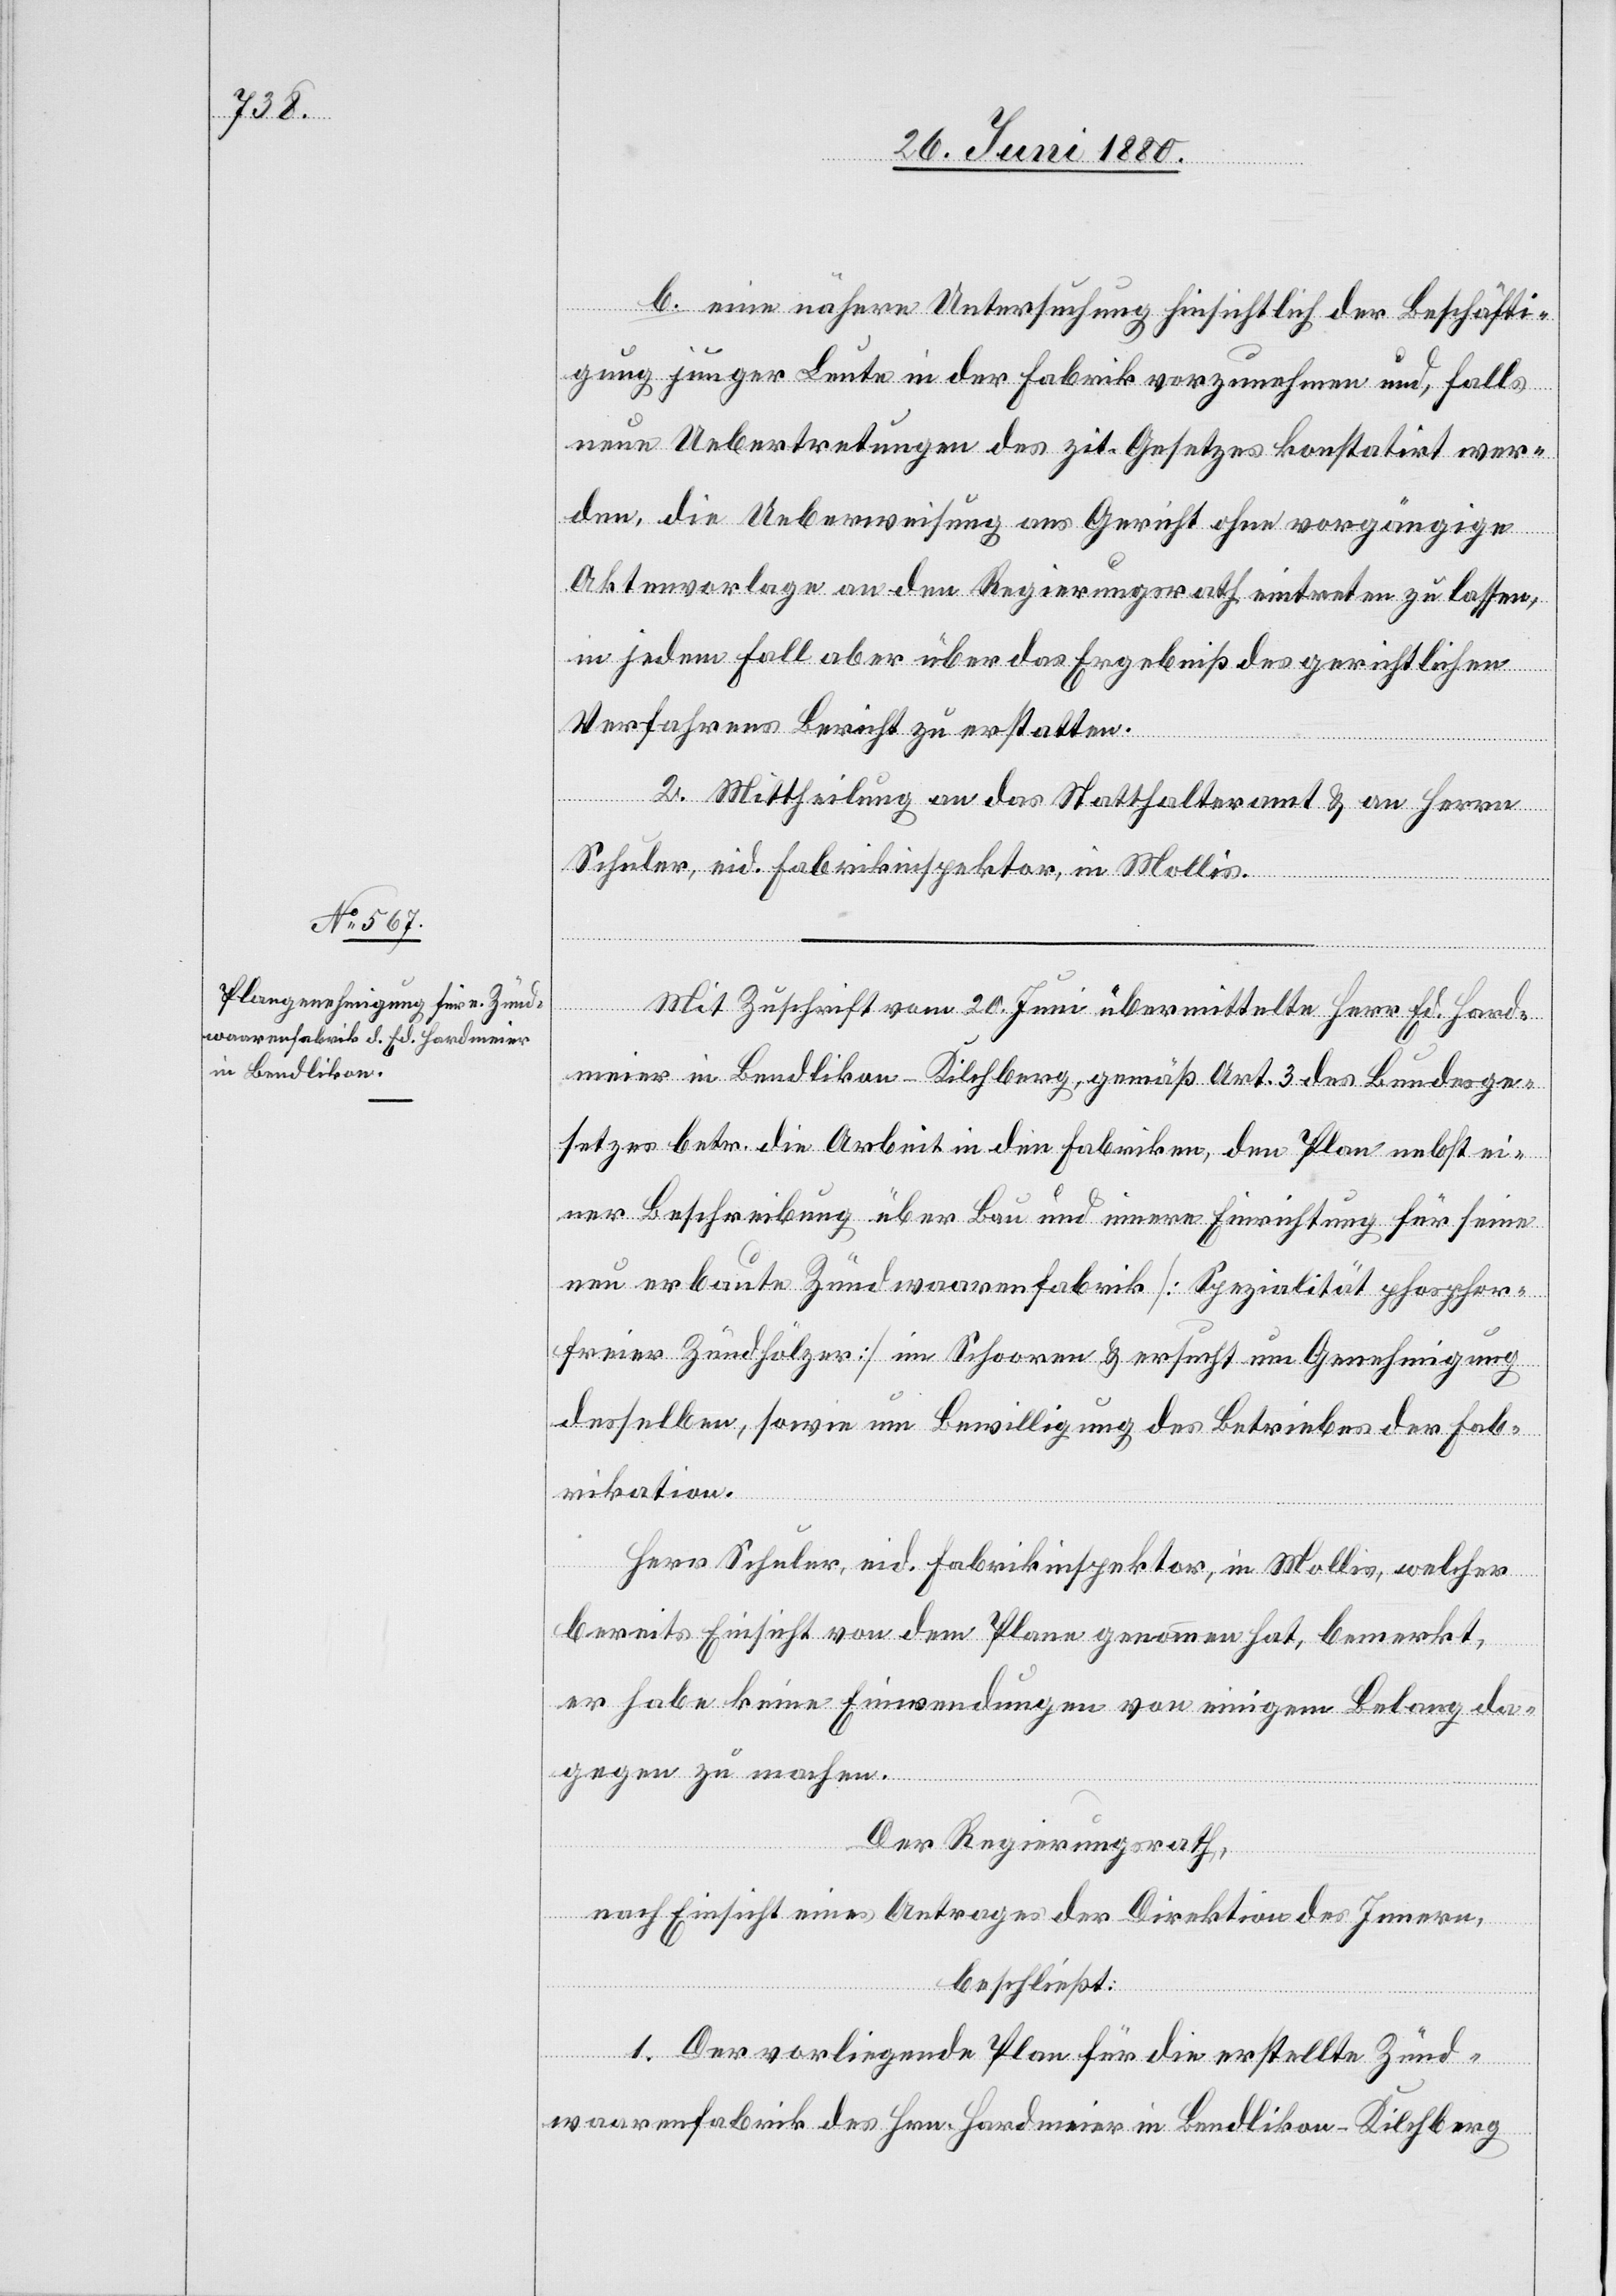
b. eine nähere Untersuchung hinsichtlich der Beschäfti¬
gung junger Leute in der Fabrik vorzunehmen und, falls
neue Uebertretungen des zit. Gesetzes konstatirt wer¬
den, die Ueberweisung ans Gericht ohne vorgängige
Aktenvorlage an den Regierungsrath eintreten zu lassen,
in jedem Fall aber über das Ergebniß des gerichtlichen
Verfahrens Bericht zu erstatten.
2. Mittheilung an das Statthalteramt & an Herrn
Schuler, eid. Fabrikinspektor, in Mollis.
Mit Zuschrift vom 20. Juni übermittelte Herr Ed. Hard¬
meier in Bendlikon - Kilchberg, gemäß Art. 3 des Bundesge¬
setzes betr. die Arbeit in den Fabriken, den Plan nebst ei¬
ner Beschreibung über Bau und innere Einrichtung für seine
neu erbaute Zündwaarenfabrik [Spezialität phosphor¬
freier Zündhölzer] im Schooren & ersucht um Genehmigung
desselben, sowie um Bewilligung des Betriebes der Fab¬
rikation.
Herr Schuler, eid. Fabrikinspektor, in Mollis, welcher
bereits Einsicht von dem Plane genommen hat, bemerkt,
er habe keine Einwendungen von einigem Belang da¬
gegen zu machen.
Der Regierungsrath,
nach Einsicht eines Antrages der Direktion des Innern,
beschließt:
1. Der vorliegende Plan für die erstellte Zünd¬
waarenfabrik des Hrn. Hardmeier in Bendlikon - Kilchberg